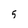
Character: 5